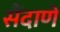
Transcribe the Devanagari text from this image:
सैंदाणे